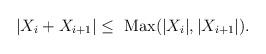
LaTeX: \begin{align*}|X_i+X_{i+1}|\leq \mbox{ Max}(|X_i|,|X_{i+1}|).\end{align*}